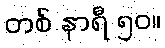
တစ် နာရီ ၅၀။